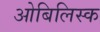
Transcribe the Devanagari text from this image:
ओबिलिस्क